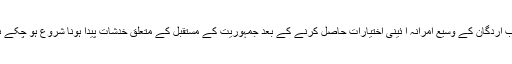
طیب اردگان کے وسیع آمرانہ آ ئینی اختیارات حاصل کرنے کے بعد جمہوریت کے مستقبل کے متعلق خدشات پیدا ہونا شروع ہو چکے ہیں۔